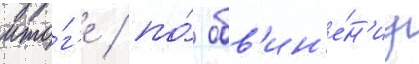
ито́г'е / по́ обв'ин'е́н'иу